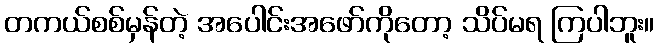
တကယ်စစ်မှန်တဲ့ အပေါင်းအဖော်ကိုတော့ သိပ်မရ ကြပါဘူး။